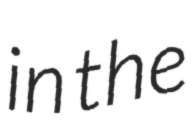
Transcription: in the